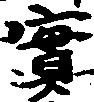
実